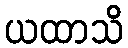
ယထာသိ